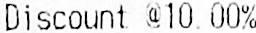
DISCOUNT @10.00%